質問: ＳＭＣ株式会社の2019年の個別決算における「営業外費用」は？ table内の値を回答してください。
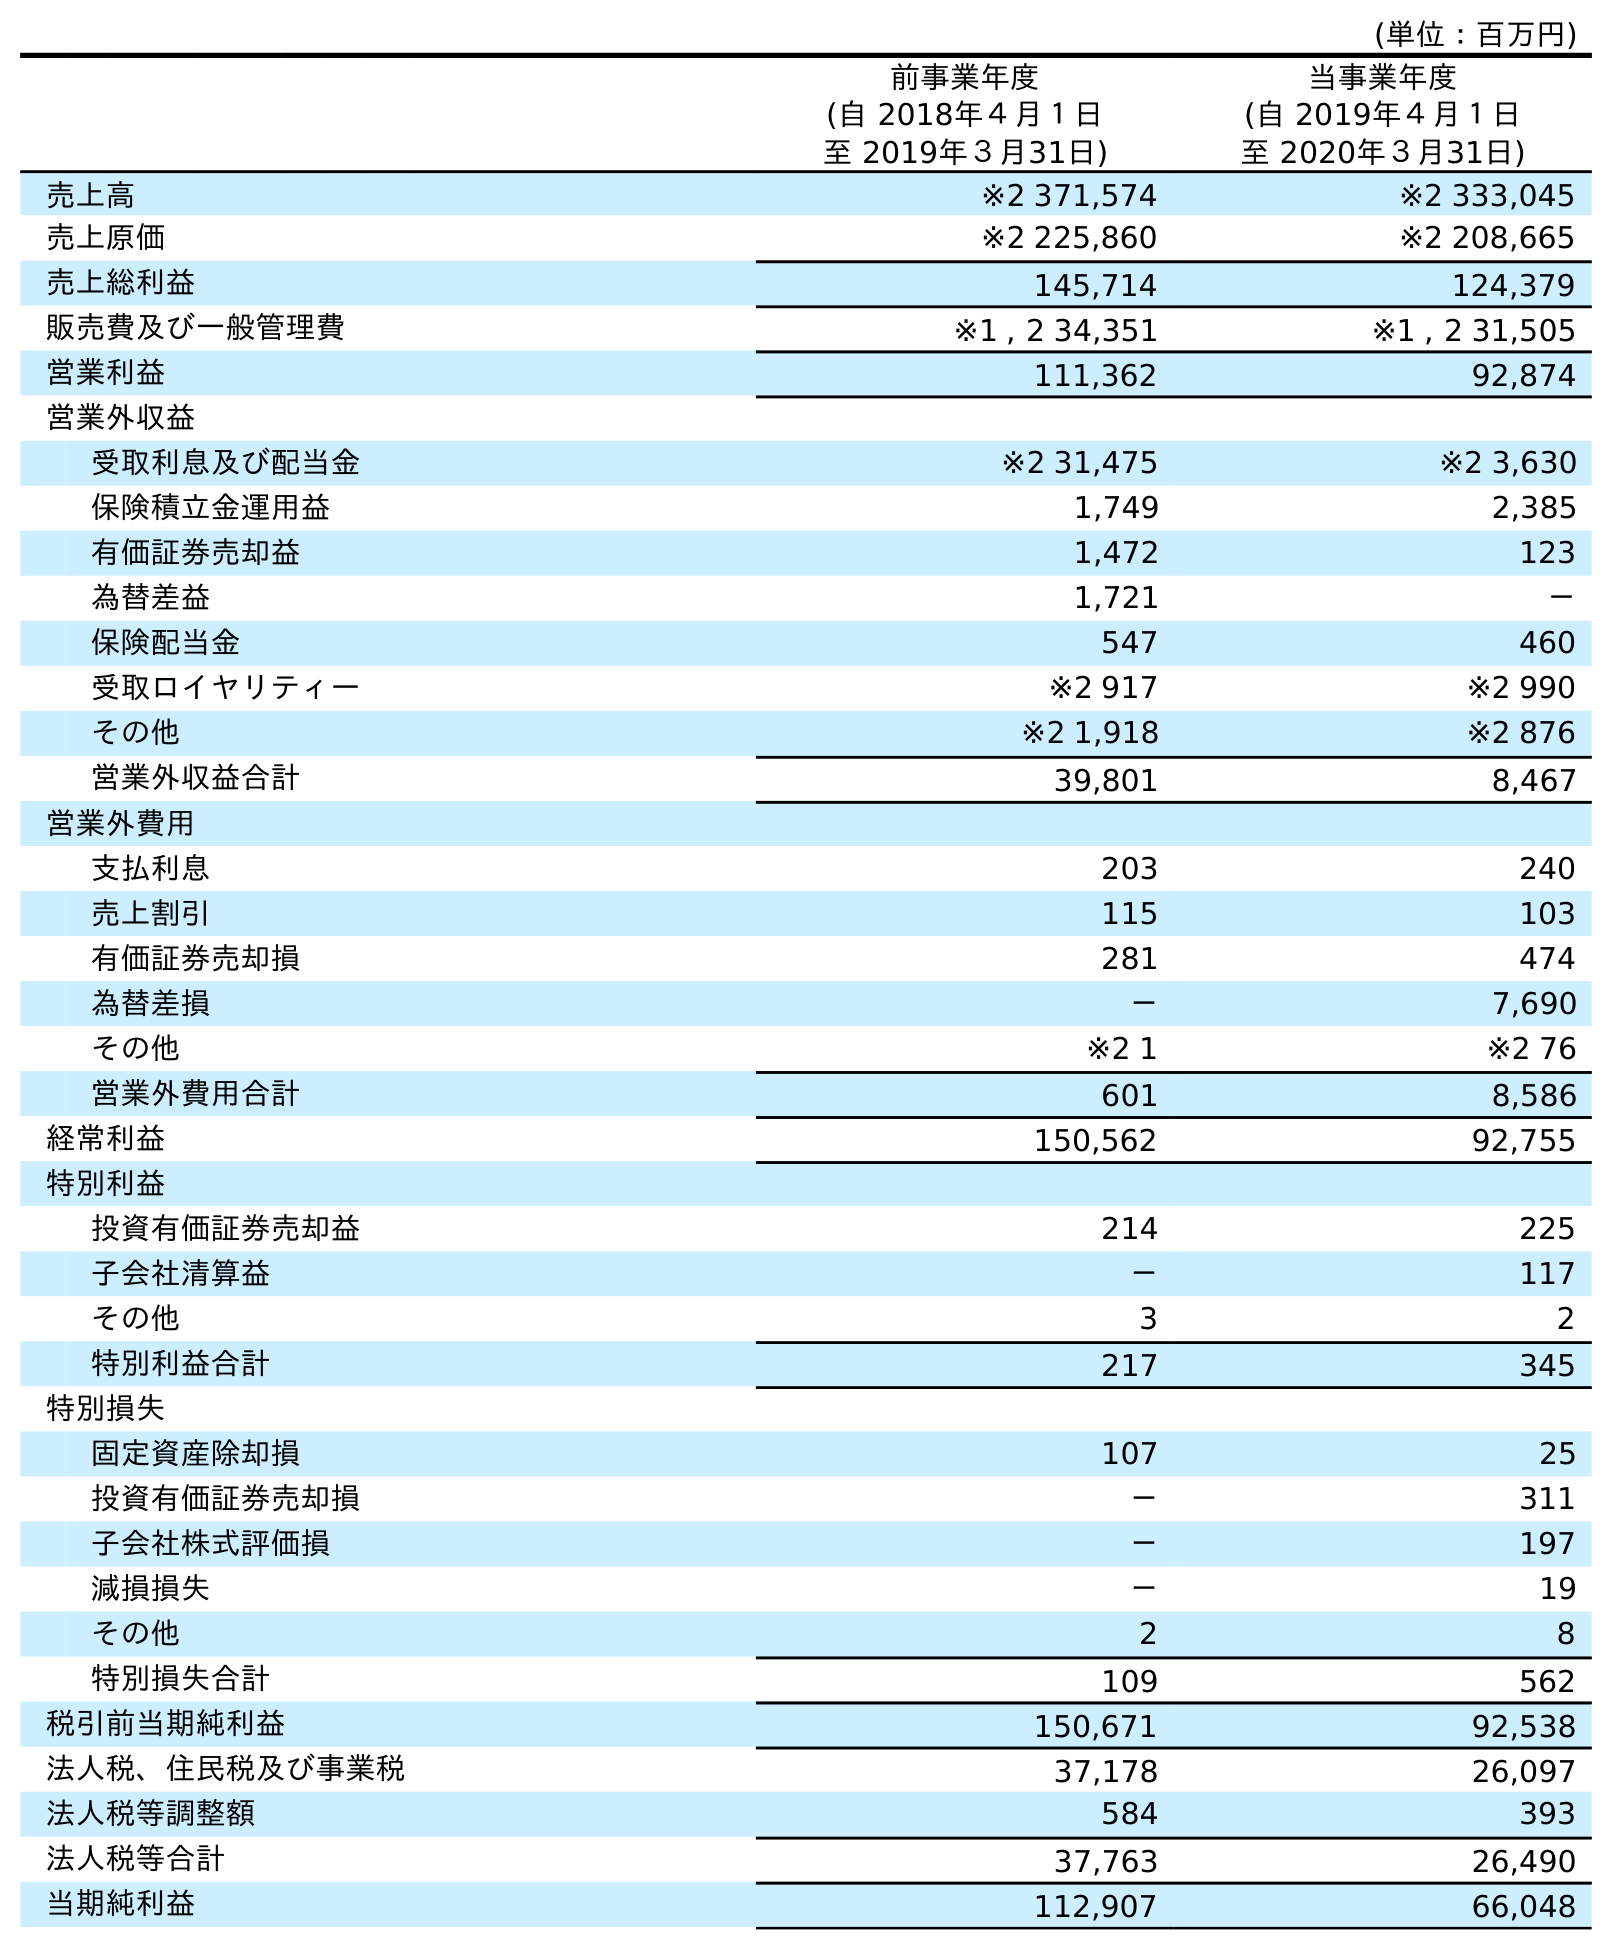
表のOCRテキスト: (単位：百万円) 前事業年度 (自 2018年４月１日 至 2019年３月31日) 当事業年度 (自 2019年４月１日 至 2020年３月31日) 売上高 ※2 371,574 ※2 333,045 売上原価 ※2 225,860 ※2 208,665 売上総利益 145,714 124,379 販売費及び一般管理費 ※1 , 2 34,351 ※1 , 2 31,505 営業利益 111,362 92,874 営業外収益 受取利息及び配当金 ※2 31,475 ※2 3,630 保険積立金運用益 1,749 2,385 有価証券売却益 1,472 123 為替差益 1,721 － 保険配当金 547 460 受取ロイヤリティー ※2 917 ※2 990 その他 ※2 1,918 ※2 876 営業外収益合計 39,801 8,467 営業外費用 支払利息 203 240 売上割引 115 103 有価証券売却損 281 474 為替差損 － 7,690 その他 ※2 1 ※2 76 営業外費用合計 601 8,586 経常利益 150,562 92,755 特別利益 投資有価証券売却益 214 225 子会社清算益 － 117 その他 3 2 特別利益合計 217 345 特別損失 固定資産除却損 107 25 投資有価証券売却損 － 311 子会社株式評価損 － 197 減損損失 － 19 その他 2 8 特別損失合計 109 562 税引前当期純利益 150,671 92,538 法人税、住民税及び事業税 37,178 26,097 法人税等調整額 584 393 法人税等合計 37,763 26,490 当期純利益 112,907 66,048
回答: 601